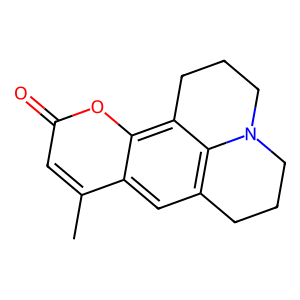
SMILES: Cc1cc(=O)oc2c3c4c(cc12)CCCN4CCC3
Inhibits HIV replication: No